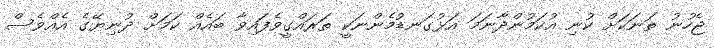
ޖެހުނު ތަނަކަށް ކުނި އުކަމުންދާނަމަ އަޅުގަނޑުމެންނަކީ ތަރައްގީވެފައިވާ ބައެއް ކަމަށް ދުނިޔޭގެ އެއްވެސް